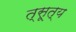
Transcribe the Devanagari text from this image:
त्सूत्य